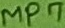
Text: MP7